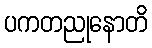
ပကတညုနောတိ